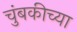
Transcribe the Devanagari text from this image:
चुंबकीच्या